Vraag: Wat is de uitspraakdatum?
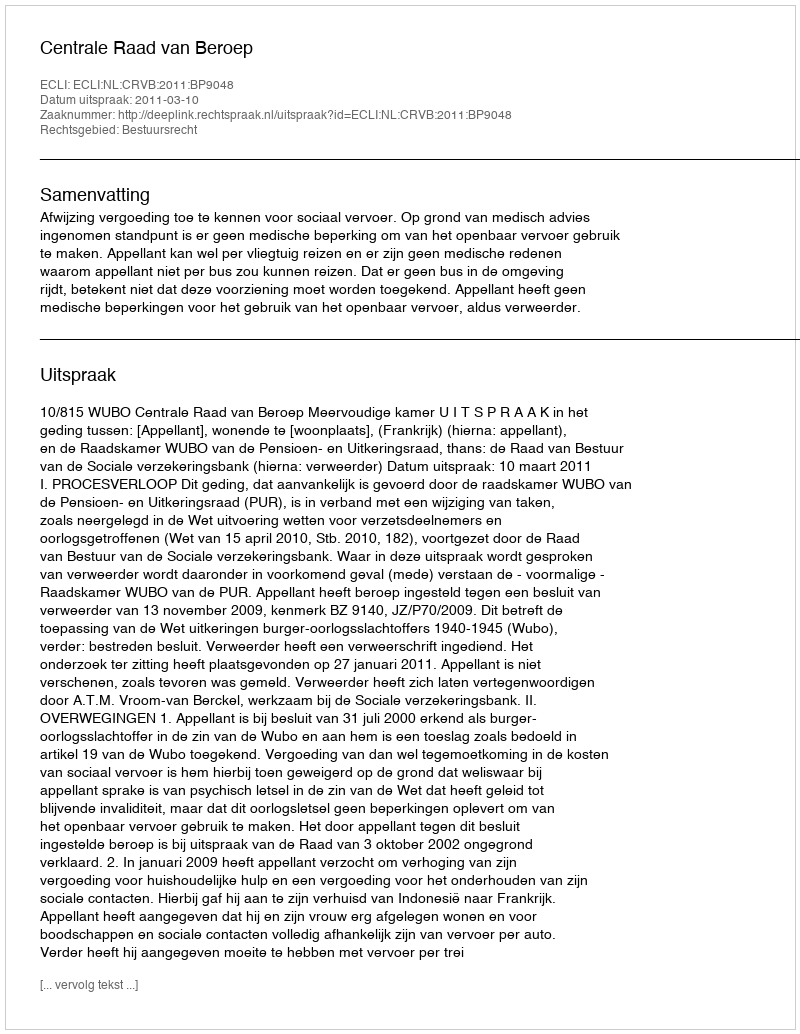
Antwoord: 2011-03-10